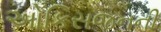
ઓકિસજનની